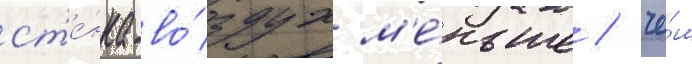
ст'е́нка-во́здух м'е́ньше / че́м